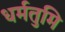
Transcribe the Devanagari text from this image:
धर्मतुमि